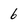
Character: 6